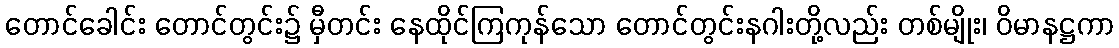
တောင်ခေါင်း တောင်တွင်း၌ မှီတင်း နေထိုင်ကြကုန်သော တောင်တွင်းနဂါးတို့လည်း တစ်မျိုး၊ ဝိမာနဋ္ဌကာ